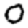
Digit: 0